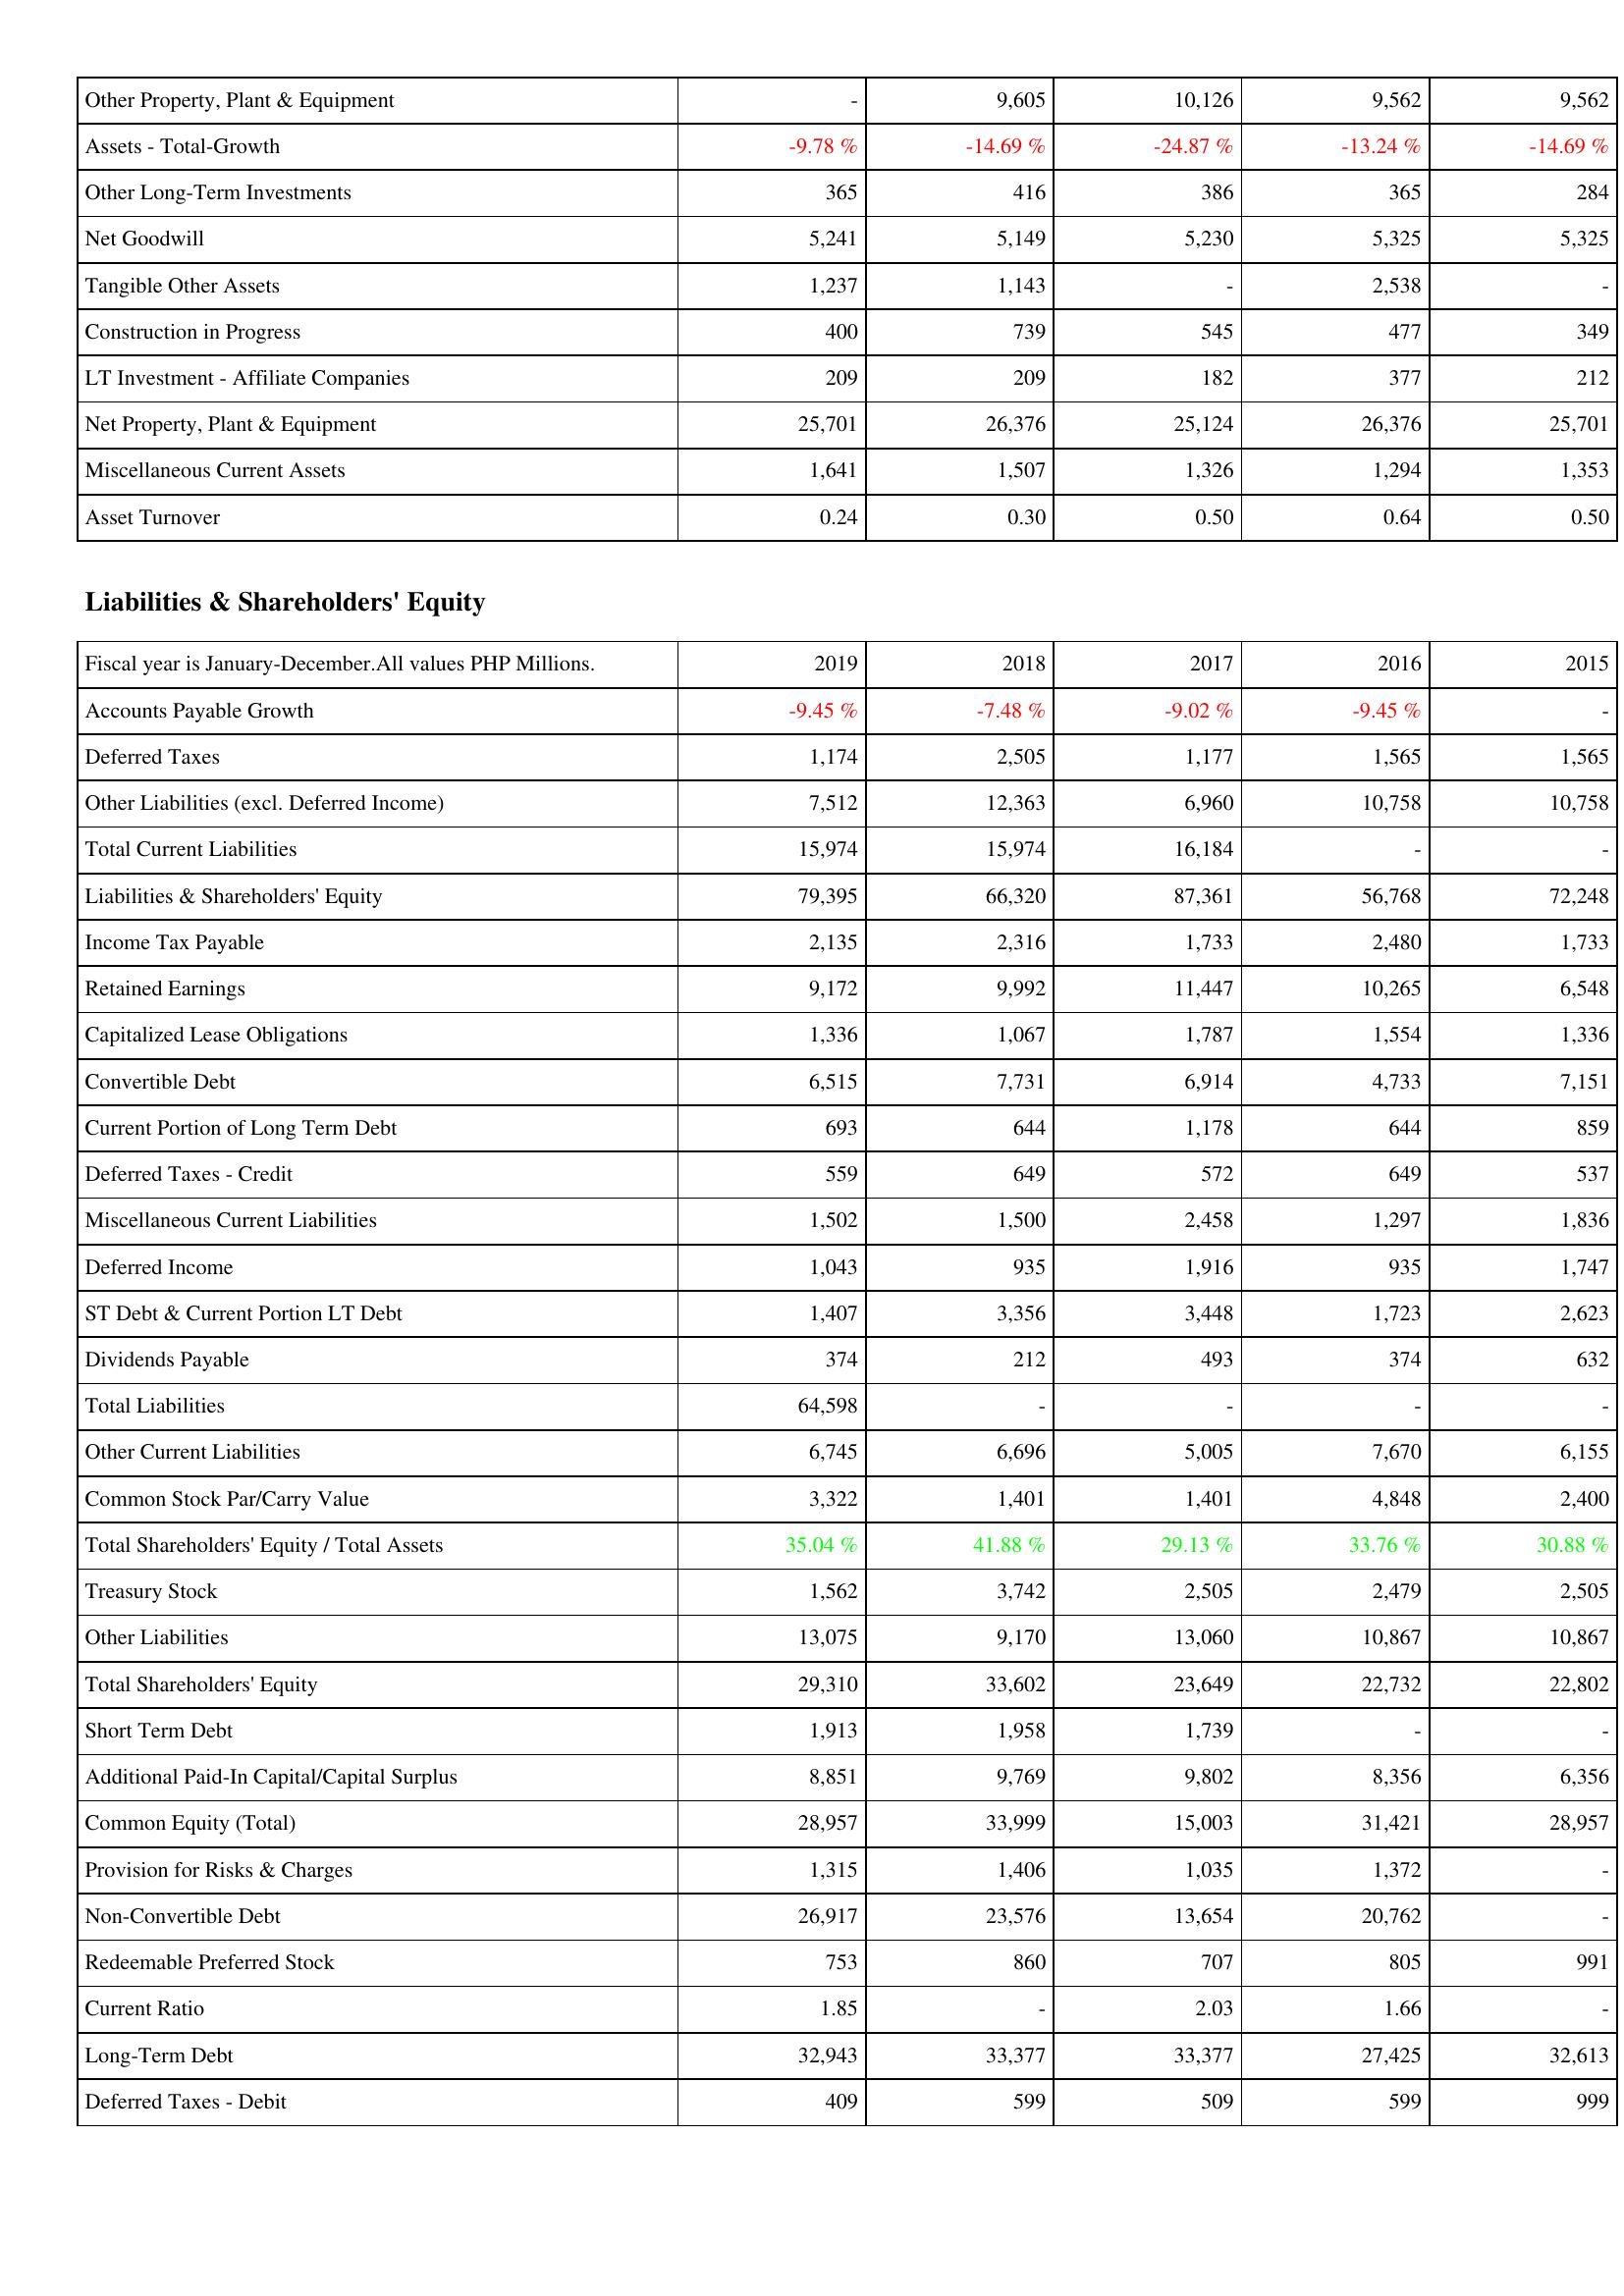
2019: Assets: Other Property, Plant & Equipment: -
Assets - Total-Growth: -9.78 %
Other Long-Term Investments: 365
Net Goodwill: 5,241
Tangible Other Assets: 1,237
Construction in Progress: 400
LT Investment - Affiliate Companies: 209
Net Property, Plant & Equipment: 25,701
Miscellaneous Current Assets: 1,641
Asset Turnover: 0.24
Liabilities & Shareholders' Equity: Accounts Payable Growth: -9.45 %
Deferred Taxes: 1,174
Other Liabilities (excl. Deferred Income): 7,512
Total Current Liabilities: 15,974
Liabilities & Shareholders' Equity: 79,395
Income Tax Payable: 2,135
Retained Earnings: 9,172
Capitalized Lease Obligations: 1,336
Convertible Debt: 6,515
Current Portion of Long Term Debt: 693
Deferred Taxes - Credit: 559
Miscellaneous Current Liabilities: 1,502
Deferred Income: 1,043
ST Debt & Current Portion LT Debt: 1,407
Dividends Payable: 374
Total Liabilities: 64,598
Other Current Liabilities: 6,745
Common Stock Par/Carry Value: 3,322
Total Shareholders' Equity / Total Assets: 35.04 %
Treasury Stock: 1,562
Other Liabilities: 13,075
Total Shareholders' Equity: 29,310
Short Term Debt: 1,913
Additional Paid-In Capital/Capital Surplus: 8,851
Common Equity (Total): 28,957
Provision for Risks & Charges: 1,315
Non-Convertible Debt: 26,917
Redeemable Preferred Stock: 753
Current Ratio: 1.85
Long-Term Debt: 32,943
Deferred Taxes - Debit: 409
2018: Assets: Other Property, Plant & Equipment: 9,605
Assets - Total-Growth: -14.69 %
Other Long-Term Investments: 416
Net Goodwill: 5,149
Tangible Other Assets: 1,143
Construction in Progress: 739
LT Investment - Affiliate Companies: 209
Net Property, Plant & Equipment: 26,376
Miscellaneous Current Assets: 1,507
Asset Turnover: 0.30
Liabilities & Shareholders' Equity: Accounts Payable Growth: -7.48 %
Deferred Taxes: 2,505
Other Liabilities (excl. Deferred Income): 12,363
Total Current Liabilities: 15,974
Liabilities & Shareholders' Equity: 66,320
Income Tax Payable: 2,316
Retained Earnings: 9,992
Capitalized Lease Obligations: 1,067
Convertible Debt: 7,731
Current Portion of Long Term Debt: 644
Deferred Taxes - Credit: 649
Miscellaneous Current Liabilities: 1,500
Deferred Income: 935
ST Debt & Current Portion LT Debt: 3,356
Dividends Payable: 212
Total Liabilities: -
Other Current Liabilities: 6,696
Common Stock Par/Carry Value: 1,401
Total Shareholders' Equity / Total Assets: 41.88 %
Treasury Stock: 3,742
Other Liabilities: 9,170
Total Shareholders' Equity: 33,602
Short Term Debt: 1,958
Additional Paid-In Capital/Capital Surplus: 9,769
Common Equity (Total): 33,999
Provision for Risks & Charges: 1,406
Non-Convertible Debt: 23,576
Redeemable Preferred Stock: 860
Current Ratio: -
Long-Term Debt: 33,377
Deferred Taxes - Debit: 599
2017: Assets: Other Property, Plant & Equipment: 10,126
Assets - Total-Growth: -24.87 %
Other Long-Term Investments: 386
Net Goodwill: 5,230
Tangible Other Assets: -
Construction in Progress: 545
LT Investment - Affiliate Companies: 182
Net Property, Plant & Equipment: 25,124
Miscellaneous Current Assets: 1,326
Asset Turnover: 0.50
Liabilities & Shareholders' Equity: Accounts Payable Growth: -9.02 %
Deferred Taxes: 1,177
Other Liabilities (excl. Deferred Income): 6,960
Total Current Liabilities: 16,184
Liabilities & Shareholders' Equity: 87,361
Income Tax Payable: 1,733
Retained Earnings: 11,447
Capitalized Lease Obligations: 1,787
Convertible Debt: 6,914
Current Portion of Long Term Debt: 1,178
Deferred Taxes - Credit: 572
Miscellaneous Current Liabilities: 2,458
Deferred Income: 1,916
ST Debt & Current Portion LT Debt: 3,448
Dividends Payable: 493
Total Liabilities: -
Other Current Liabilities: 5,005
Common Stock Par/Carry Value: 1,401
Total Shareholders' Equity / Total Assets: 29.13 %
Treasury Stock: 2,505
Other Liabilities: 13,060
Total Shareholders' Equity: 23,649
Short Term Debt: 1,739
Additional Paid-In Capital/Capital Surplus: 9,802
Common Equity (Total): 15,003
Provision for Risks & Charges: 1,035
Non-Convertible Debt: 13,654
Redeemable Preferred Stock: 707
Current Ratio: 2.03
Long-Term Debt: 33,377
Deferred Taxes - Debit: 509
2016: Assets: Other Property, Plant & Equipment: 9,562
Assets - Total-Growth: -13.24 %
Other Long-Term Investments: 365
Net Goodwill: 5,325
Tangible Other Assets: 2,538
Construction in Progress: 477
LT Investment - Affiliate Companies: 377
Net Property, Plant & Equipment: 26,376
Miscellaneous Current Assets: 1,294
Asset Turnover: 0.64
Liabilities & Shareholders' Equity: Accounts Payable Growth: -9.45 %
Deferred Taxes: 1,565
Other Liabilities (excl. Deferred Income): 10,758
Total Current Liabilities: -
Liabilities & Shareholders' Equity: 56,768
Income Tax Payable: 2,480
Retained Earnings: 10,265
Capitalized Lease Obligations: 1,554
Convertible Debt: 4,733
Current Portion of Long Term Debt: 644
Deferred Taxes - Credit: 649
Miscellaneous Current Liabilities: 1,297
Deferred Income: 935
ST Debt & Current Portion LT Debt: 1,723
Dividends Payable: 374
Total Liabilities: -
Other Current Liabilities: 7,670
Common Stock Par/Carry Value: 4,848
Total Shareholders' Equity / Total Assets: 33.76 %
Treasury Stock: 2,479
Other Liabilities: 10,867
Total Shareholders' Equity: 22,732
Short Term Debt: -
Additional Paid-In Capital/Capital Surplus: 8,356
Common Equity (Total): 31,421
Provision for Risks & Charges: 1,372
Non-Convertible Debt: 20,762
Redeemable Preferred Stock: 805
Current Ratio: 1.66
Long-Term Debt: 27,425
Deferred Taxes - Debit: 599
2015: Assets: Other Property, Plant & Equipment: 9,562
Assets - Total-Growth: -14.69 %
Other Long-Term Investments: 284
Net Goodwill: 5,325
Tangible Other Assets: -
Construction in Progress: 349
LT Investment - Affiliate Companies: 212
Net Property, Plant & Equipment: 25,701
Miscellaneous Current Assets: 1,353
Asset Turnover: 0.50
Liabilities & Shareholders' Equity: Accounts Payable Growth: -
Deferred Taxes: 1,565
Other Liabilities (excl. Deferred Income): 10,758
Total Current Liabilities: -
Liabilities & Shareholders' Equity: 72,248
Income Tax Payable: 1,733
Retained Earnings: 6,548
Capitalized Lease Obligations: 1,336
Convertible Debt: 7,151
Current Portion of Long Term Debt: 859
Deferred Taxes - Credit: 537
Miscellaneous Current Liabilities: 1,836
Deferred Income: 1,747
ST Debt & Current Portion LT Debt: 2,623
Dividends Payable: 632
Total Liabilities: -
Other Current Liabilities: 6,155
Common Stock Par/Carry Value: 2,400
Total Shareholders' Equity / Total Assets: 30.88 %
Treasury Stock: 2,505
Other Liabilities: 10,867
Total Shareholders' Equity: 22,802
Short Term Debt: -
Additional Paid-In Capital/Capital Surplus: 6,356
Common Equity (Total): 28,957
Provision for Risks & Charges: -
Non-Convertible Debt: -
Redeemable Preferred Stock: 991
Current Ratio: -
Long-Term Debt: 32,613
Deferred Taxes - Debit: 999